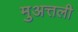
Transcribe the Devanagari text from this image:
मुअत्तली